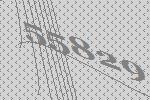
55829